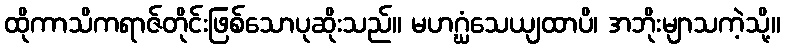
ထိုကာသိကရာဇ်တိုင်းဖြစ်သောပုဆိုးသည်။ မဟဂ္ဃံသေယျထာပိ၊ အဘိုးမျာသကဲ့သို့။